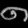
Digit: ၈